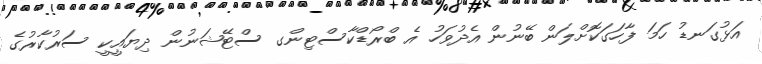
އަޅުގަނޑު ހަމަ ފާހަގަކޮށްލަން ބޭނުން އެދުވަހު އެ ބްރޯޑްކާސްޓިންގ ސްޓޭޝަނުން ދިޔައީކީ ސަރުކާރުގެ